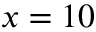
x = 1 0